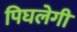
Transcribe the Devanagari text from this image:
पिघलेगी